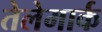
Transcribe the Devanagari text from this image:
तेलेमार्क